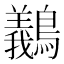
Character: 䴊